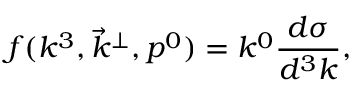
f ( k ^ { 3 } , \vec { k } ^ { \bot } , p ^ { 0 } ) = k ^ { 0 } \frac { d \sigma } { d ^ { 3 } k } ,